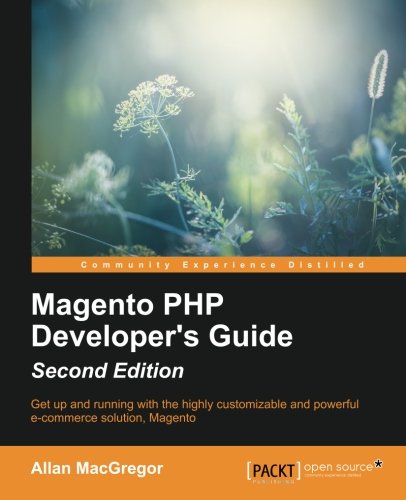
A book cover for Magento PHP Developer's Guide - Second Edition; Allan MacGregor; Computers & Technology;